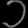
Digit: ၁